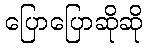
ပြောပြောဆိုဆို